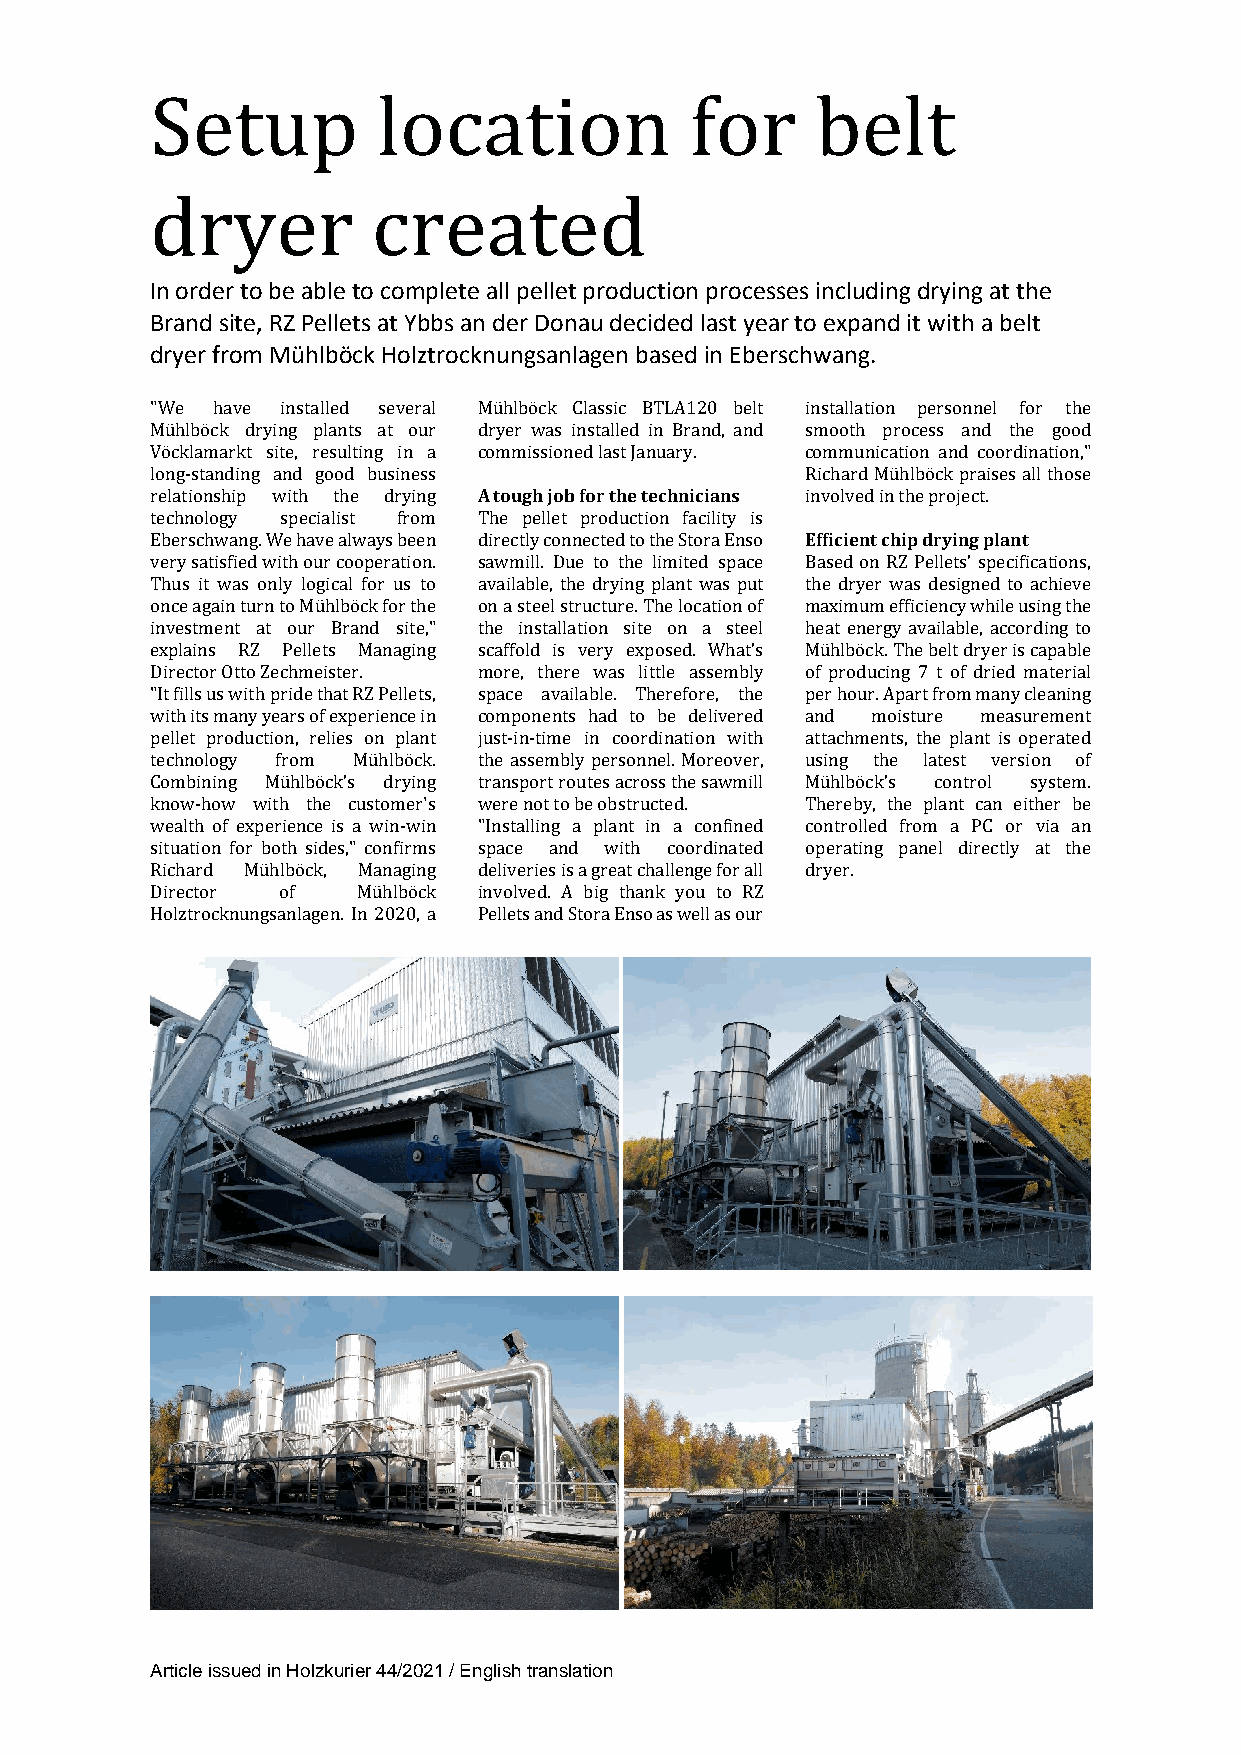
Setup          location             for     belt
 dryer          created
 In order to be able to complete all pellet production processes including drying at the
 Brand site, RZ Pellets at Ybbs an der Donau decided last year to expand it with a belt
 dryer from Mühlböck Holztrocknungsanlagen based in Eberschwang.
 "We have installed several Mühlböck Classic BTLA120 belt installation personnel for the
 Mühlböck drying plants at our dryer was installed in Brand, and smooth process and the good
 Vöcklamarkt site, resulting in a commissioned last January. communication and coordination,"
 long-standing and good business            Richard Mühlböck praises all those
 relationship with the drying A tough job for the technicians involved in the project.
 technology specialist from The pellet production facility is
 Eberschwang. We have always been directly connected to the Stora Enso Efficient chip drying plant
 very satisfied with our cooperation. sawmill. Due to the limited space Based on RZ Pellets’ specifications,
 Thus it was only logical for us to available, the drying plant was put the dryer was designed to achieve
 once again turn to Mühlböck for the on a steel structure. The location of maximum efficiency while using the
 investment at our Brand site," the installation site on a steel heat energy available, according to
 explains RZ Pellets Managing scaffold is very exposed. What’s Mühlböck. The belt dryer is capable
 Director Otto Zechmeister. more, there was little assembly of producing 7 t of dried material
 "It fills us with pride that RZ Pellets, space available. Therefore, the per hour. Apart from many cleaning
 with its many years of experience in components had to be delivered and moisture measurement
 pellet production, relies on plant just-in-time in coordination with attachments, the plant is operated
 technology from Mühlböck. the assembly personnel. Moreover, using the latest version of
 Combining Mühlböck’s drying transport routes across the sawmill Mühlböck’s control system.
 know-how with the customer's were not to be obstructed. Thereby, the plant can either be
 wealth of experience is a win-win "Installing a plant in a confined controlled from a PC or via an
 situation for both sides," confirms space and with coordinated operating panel directly at the
 Richard Mühlböck, Managing deliveries is a great challenge for all dryer.
 Director of   Mühlböck involved. A big thank you to RZ
 Holztrocknungsanlagen. In 2020, a Pellets and Stora Enso as well as our
 Article issued in Holzkurier 44/2021 / English translation